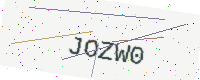
Text: JOZW0